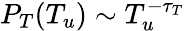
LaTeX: P_{T}(T_{u})\sim T_{u}^{-\tau_{T}}